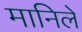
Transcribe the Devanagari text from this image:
मानिले